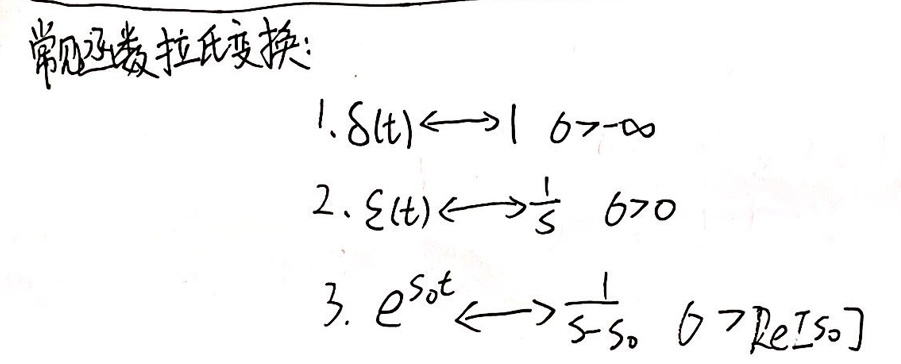
常见函数拉氏变换：
1. $\delta(t)\longleftrightarrow 1,\ \sigma>-\infty$
2. $\varepsilon(t)\longleftrightarrow\frac{1}{s},\ \sigma>0$
3. $e^{s_0t}\longleftrightarrow\frac{1}{s - s_0},\ \sigma>\text{Re}[s_0]$